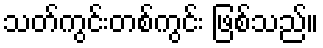
သတ်ကွင်းတစ်ကွင်း ဖြစ်သည်။